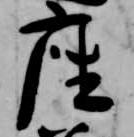
座